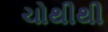
ચોથીથી